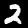
Digit: 2